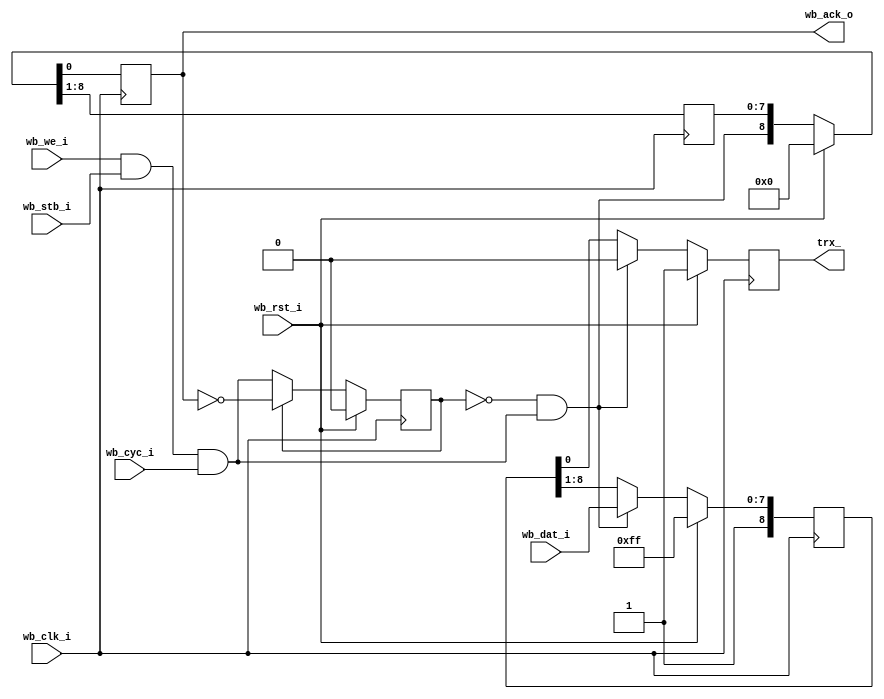

module send_serial (
    // Serial pad signal
    output reg  trx_,

    // Wishbone slave interface
    input       wb_clk_i,
    input       wb_rst_i,
    input [7:0] wb_dat_i,
    input       wb_we_i,
    input       wb_stb_i,
    input       wb_cyc_i,
    output reg  wb_ack_o
  );

  // Registers and nets
  wire       op;
  wire       start;
  reg  [8:0] tr;
  reg        st;
  reg  [7:0] sft;

  // Continuous assignments
  assign op    = wb_we_i & wb_stb_i & wb_cyc_i;
  assign start = !st & op;

  // Behaviour
  // trx_
  always @(posedge wb_clk_i)
    trx_ <= wb_rst_i ? 1'b1 : (start ? 1'b0 : tr[0]);

  // tr
  always @(posedge wb_clk_i)
    tr <= wb_rst_i ? 9'h1ff
        : { 1'b1, (start ? wb_dat_i : tr[8:1]) };

  // sft, wb_ack_o
  always @(posedge wb_clk_i)
    { sft, wb_ack_o } <= wb_rst_i ? 9'h0 : { start, sft };

  // st
  always @(posedge wb_clk_i)
    st <= wb_rst_i ? 1'b0 : (st ? !wb_ack_o : op);
endmodule